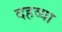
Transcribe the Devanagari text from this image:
दहव्या